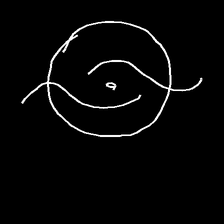
Glyph: repetition